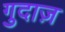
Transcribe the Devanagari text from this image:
गुदाज़